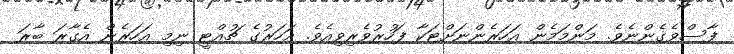
ފާސްވެގެންނެވެ. މަންމަމެން އަހަރެންނަށްޓަކާ ފަހުރުވެރިވިއެވެ. އަހަރުގެ ޗުއްޓީ ނިމި އަހަރެން އެގާރަ ބާރަ